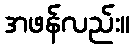
အဖန်လည်း။